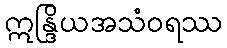
ဣန္ဒြိယအသံဝရဿ